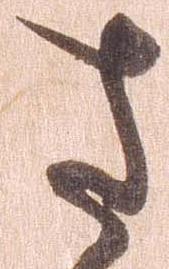
さ